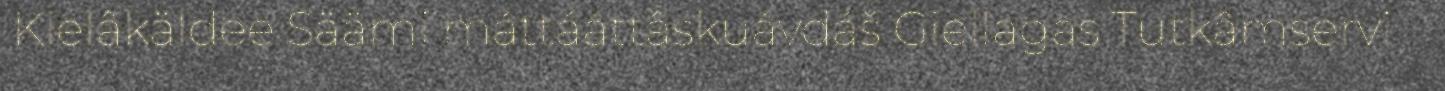
Kielâkäldee Säämi máttááttâskuávdáš Giellagas Tutkâmservi